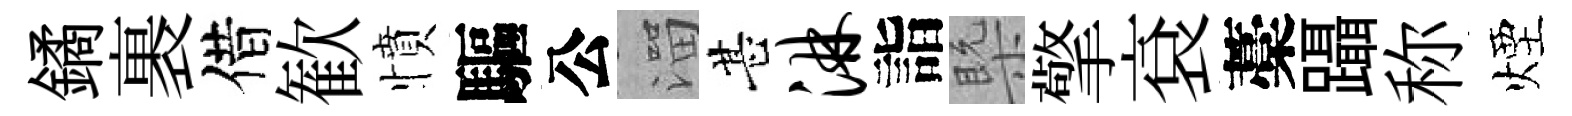
鐍裹借歓憤驅公溜甚淋詣槩擎袞藁躡称煙